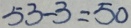
5 3 - 3 = 5 0